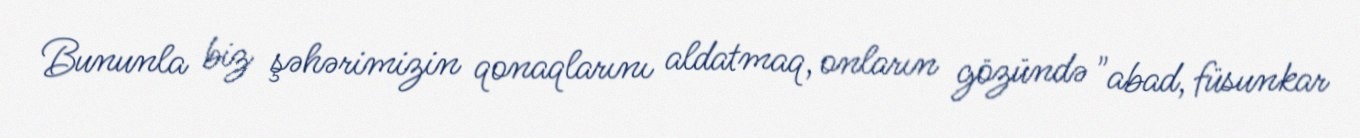
Bununla biz şəhərimizin qonaqlarını aldatmaq, onların gözündə "abad, füsunkar